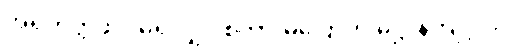
အရဟတ္တဖိုလ်မရလျှင် စကားမပြောဟု ဓိဋ္ဌာန်ကျင့်ပုံ။